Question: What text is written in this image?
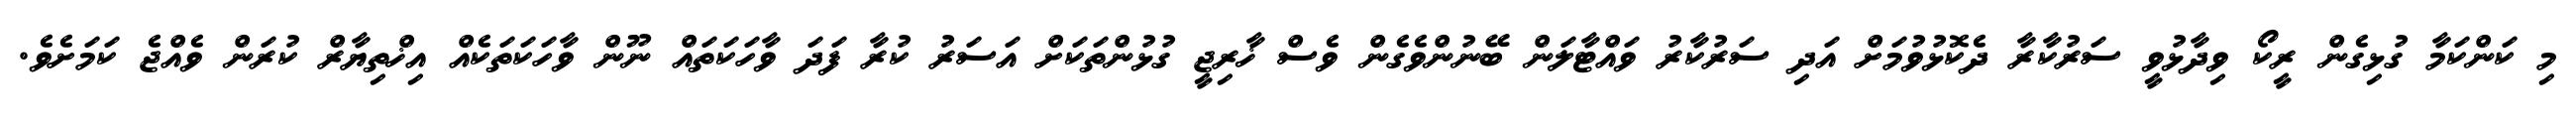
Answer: މި ކަންކަމާ ގުޅިގެން ރީކޯ ވިދާޅުވީ ސަރުކާރާ ދެކޮޅުވުމަށް އަދި ސަރުކާރު ވައްޓާލަން ބޭނުންވެގެން ވެސް ޚާރިޖީ ގުޅުންތަކަށް އަސަރު ކުރާ ފަދަ ވާހަކަތައް ނޫން ވާހަކަތަކެއް އިޚްތިޔާރް ކުރަން ވެއްޖެ ކަމަށެވެ.